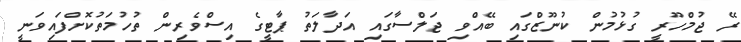
ރޭ ޖުމްހޫރީ ގުޅުމުން ކުނޫޒްގައި ބޭއްވި ޖަލްސާގައި އަދާލަތު ޕާޓީގެ އިސްވެރިން ތުހުމަތުކޮށްފައިވަނީ